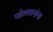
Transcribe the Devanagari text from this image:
पहेलवानांना